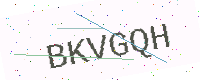
Text: BKVGQH